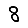
Digit: 8